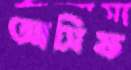
আসিফ